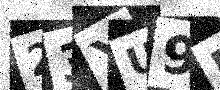
Text: 23YU9B